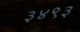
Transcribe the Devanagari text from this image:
३४९३